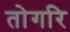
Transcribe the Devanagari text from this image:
तोगरि